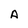
Character: A